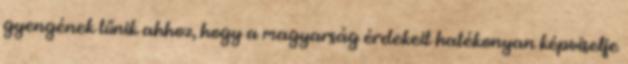
gyengének tűnik ahhoz, hogy a magyarság érdekeit hatékonyan képviselje